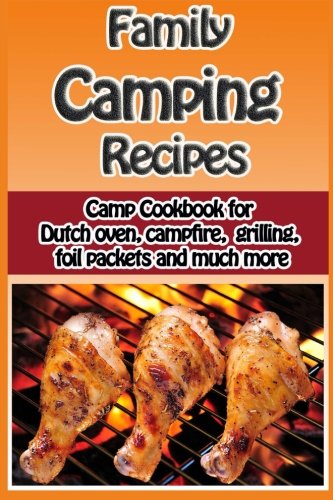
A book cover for Family Camping Recipes: A Kid Inspired Camp Cookbook for Dutch oven, campfire, gr (Cooking with Kids Series) (Volume 9); Debbie Madson; Cookbooks, Food & Wine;